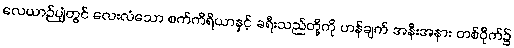
လေယာဉ်ပျံတွင် လေးလံသော စက်ကိရိယာနှင့် ခရီးသည်တို့ကို ဟန်ချက် အနီးအနား တစ်ဝိုက်၌